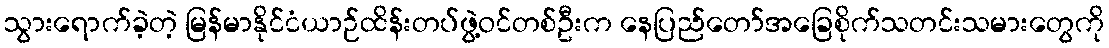
သွားရောက်ခဲ့တဲ့ မြန်မာနိုင်ငံယာဉ်ထိန်းတပ်ဖွဲ့ဝင်တစ်ဦးက နေပြည်တော်အခြေစိုက်သတင်းသမားတွေကို